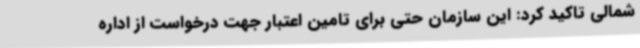
شمالی تاکید کرد: این سازمان حتی برای تامین اعتبار جهت درخواست از اداره